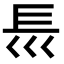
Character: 𡿴